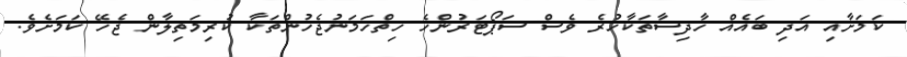
ކަމަށާއި އަދި ބައެއް ހާދިސާތަކާހުރެ ވެސް ސަޕޯޓަރުންހެ ހިތްހަމަނުޖެހުންތަކާ ކުރިމަތިލާން ޖެހޭ ކަމަށެވެ.